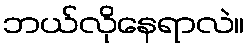
ဘယ်လိုနေရာလဲ။